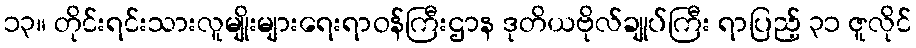
၁၃။ တိုင်းရင်းသားလူမျိုးများရေးရာဝန်ကြီးဌာန ဒုတိယဗိုလ်ချုပ်ကြီး ရာပြည့် ၃၁ ဇူလိုင်